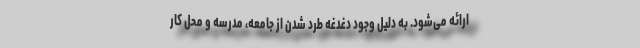
ارائه می‌شود. به دلیل وجود دغدغه طرد شدن از جامعه، مدرسه و محل کار